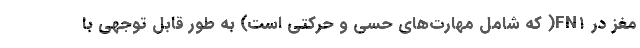
مغز در FN۱( که شامل مهارت‌های حسی و حرکتی است) به طور قابل توجهی با